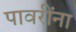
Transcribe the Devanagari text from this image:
पावरींना